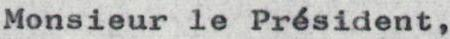
Monsieur le Président,